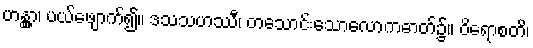
ဟန္တွာ၊ ပယ်ဖျောက်၍။ ဒသသဟဿီ၊ တသောင်းသောလောကဓာတ်၌။ ဝိရောစတိ၊